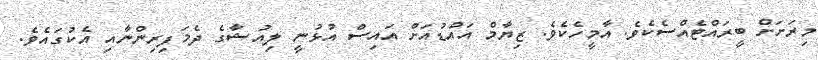
މިރަށަށް ބީރައްޓެއްސެކެވެ. އާމީހެކެވެ. ޒިޔާމް އައްޑުއަށް އައިސް އުޅުނީ ލިއުޝާގެ ދެމަފިރިންނާއި އެކުގައެވެ.